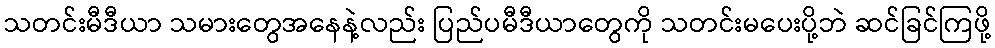
သတင်းမီဒီယာ သမားတွေအနေနဲ့လည်း ပြည်ပမီဒီယာတွေကို သတင်းမပေးပို့ဘဲ ဆင်ခြင်ကြဖို့